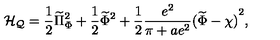
{ \cal H _ { Q } } = { \frac { 1 } { 2 } } \widetilde \Pi _ { \Phi } ^ { 2 } + { \frac { 1 } { 2 } } \widetilde \Phi ^ { 2 } + { \frac { 1 } { 2 } } { \frac { e ^ { 2 } } { \pi + a e ^ { 2 } } } { ( \widetilde \Phi - \chi ) } ^ { 2 } ,